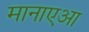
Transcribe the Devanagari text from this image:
मानाएआ